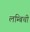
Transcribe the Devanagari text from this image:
लम्बिची